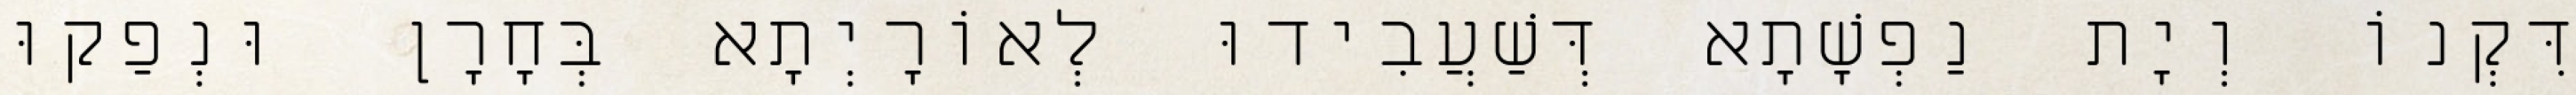
דִּקְנוֹ וְיָת נַפְשָׁתָא דְּשַׁעֲבִידוּ לְאוֹרָיְתָא בְּחָרָן וּנְפַקוּ